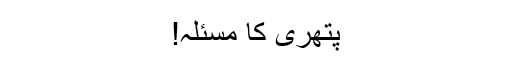
پتھری کا مسئلہ!